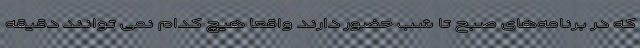
که در برنامه‌های صبح تا شب حضور دارند واقعا هیچ کدام نمی توانند دقیقه